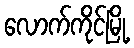
လောက်ကိုင်မြို့